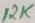
Text: 12K